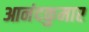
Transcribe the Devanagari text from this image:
आनंदकुमार